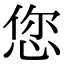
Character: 您